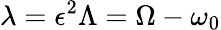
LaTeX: \lambda=\epsilon^{2}\Lambda=\Omega-\omega_{0}